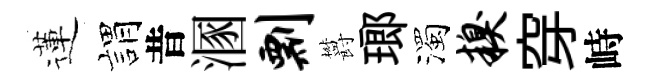
蓮娟昔溷剽欝瑯濁糗穿峙